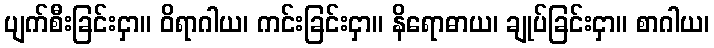
ပျက်စီးခြင်းငှာ။ ဝိရာဂါယ၊ ကင်းခြင်းငှာ။ နိရောဓာယ၊ ချုပ်ခြင်းငှာ။ စာဂါယ၊